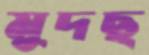
মুদছ